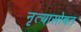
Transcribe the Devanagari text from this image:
नृत्यासोबत